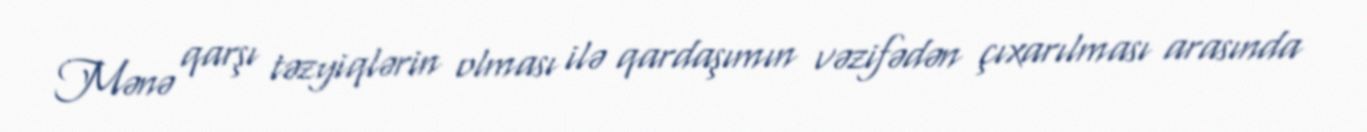
Mənə qarşı təzyiqlərin olması ilə qardaşımın vəzifədən çıxarılması arasında